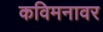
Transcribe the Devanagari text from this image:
कविमनावर